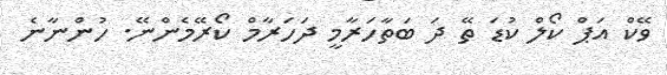
ވޭކް އަޕް ކޯލް ކުޑަ ތޭ ދަ ބަތާހަރާމީ ދަހަރާމް ކޯރޭމެންނޭ. ހުންނާނެ